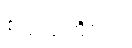
စသည်တို့အား